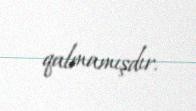
qalmamışdır.